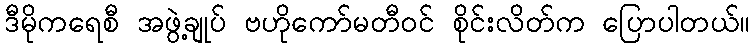
ဒီမိုကရေစီ အဖွဲ့ချုပ် ဗဟိုကော်မတီဝင် စိုင်းလိတ်က ပြောပါတယ်။